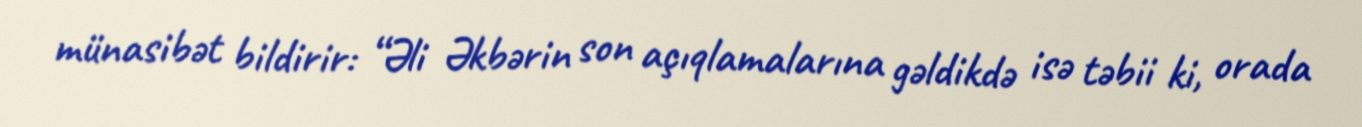
münasibət bildirir: “Əli Əkbərin son açıqlamalarına gəldikdə isə təbii ki, orada